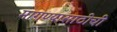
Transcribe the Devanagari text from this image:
मागण्यासाठीची